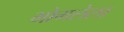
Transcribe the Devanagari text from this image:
भोगलेला